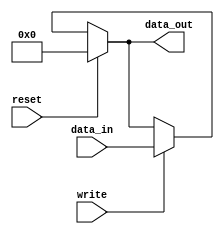
module reg32 (
    input write,
    input reset,
    input wire [31:0] data_in,
    output wire [31:0] data_out
    );

    reg [31:0] data;
    assign data = {reset?0:{ write ? data_in:data}};
    assign data_out = data;
 
endmodule